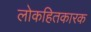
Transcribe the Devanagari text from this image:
लोकहितकारक